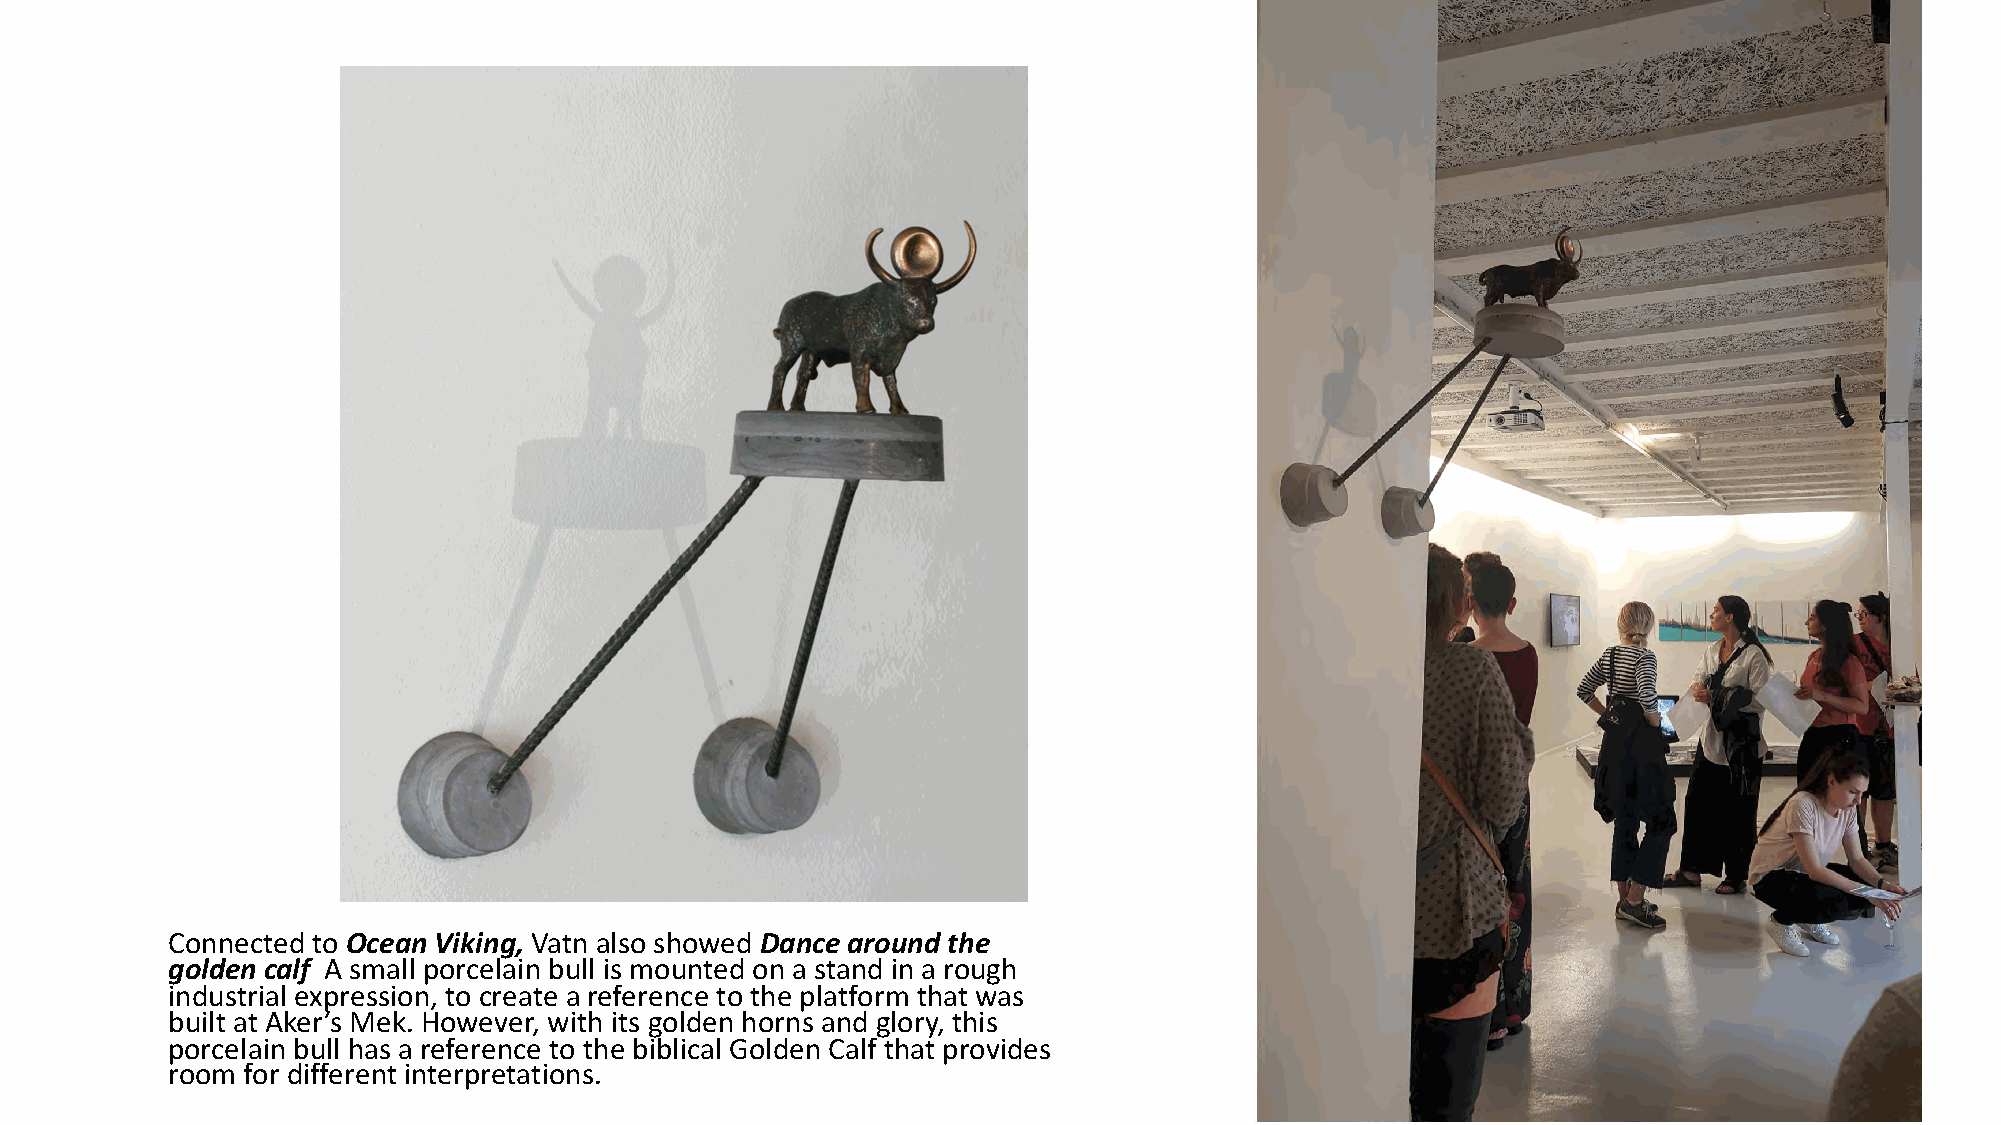
Connected to Ocean Viking, Vatn also showed Dance around the
 golden calf A small porcelain bull is mounted on a stand in a rough
 industrial expression, to create a reference to the platform that was
 built at Aker’s Mek. However, with its golden horns and glory, this
 porcelain bull has a reference to the biblical Golden Calf that provides
 room for different interpretations.